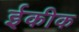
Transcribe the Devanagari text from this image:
ईकीक